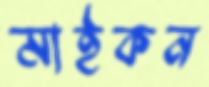
মাইকন